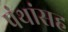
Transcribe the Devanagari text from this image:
पंथांसह